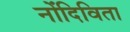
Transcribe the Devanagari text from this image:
नोंदिविता